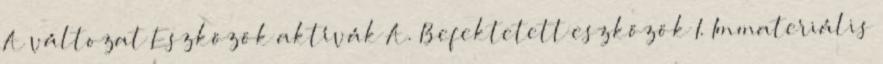
A változat Eszközök aktívák A. Befektetett eszközök I. Immateriális